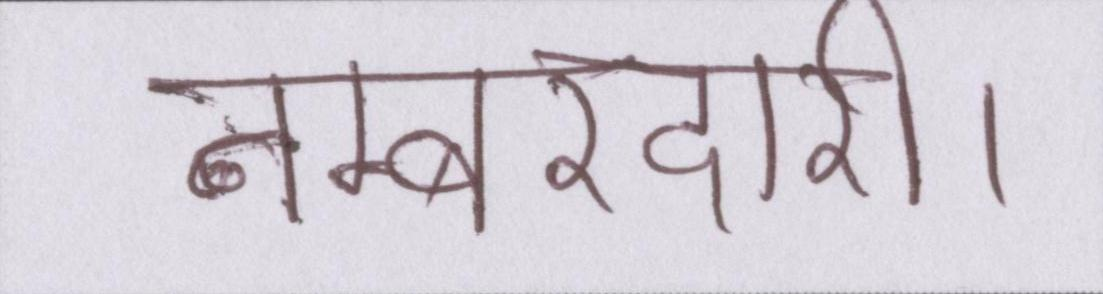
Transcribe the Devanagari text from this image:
नम्बरदारी।